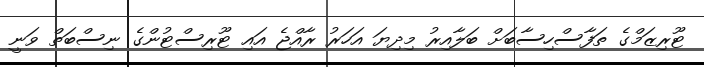
ޓޫރިޒަމްގެ ތަފާސްހިސާބަށް ބަލާއިރު މިދިޔަ އަހަރު ރާއްޖެ އައި ޓޫރިސްޓުންގެ ނިސްބަތް ވަނީ